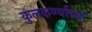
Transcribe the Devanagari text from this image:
कुलकर्ण्यांच्या